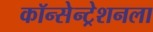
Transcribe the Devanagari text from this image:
कॉन्सेन्ट्रेशनला